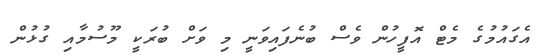
އެގައުމުގެ މެޓް އޮފީހުން ވެސް ބުނެފައިވަނީ މި ވަށް ބުރަކީ މޫސުމާއި ގުޅުން